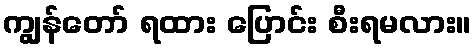
ကျွန်တော် ရထား ပြောင်း စီးရမလား။